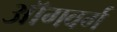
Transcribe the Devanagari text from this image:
ऑगवर्ग